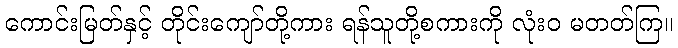
ကောင်းမြတ်နှင့် တိုင်းကျော်တို့ကား ရန်သူတို့စကားကို လုံးဝ မတတ်ကြ။